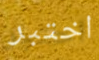
اختبر